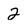
Character: 2